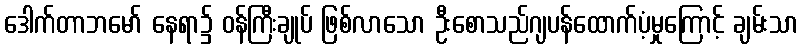
ဒေါက်တာဘမော် နေရာ၌ ဝန်ကြီးချုပ် ဖြစ်လာသော ဦးစောသည်ဂျပန်ထောက်ပံ့မှုကြောင့် ချမ်းသာ